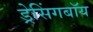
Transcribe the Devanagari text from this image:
ड्रेसिंगबॉय